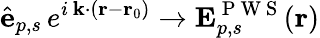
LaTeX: \hat{\mathbf{e}}_{p,s}\, e^{i\, \mathbf{k}\cdot(\mathbf{r}-\mathbf{r}_{0})}\to\mathbf{E}_{p,s}^{\mathrm{~P~W~S~}}(\mathbf{r})